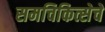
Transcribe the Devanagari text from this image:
समचिकित्सेचे